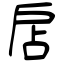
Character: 扂